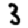
Digit: 3